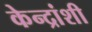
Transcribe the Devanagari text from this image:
केन्द्रांशी